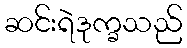
ဆင်းရဲဒုက္ခသည်